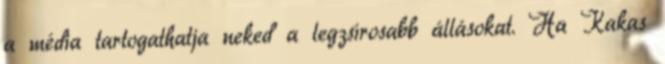
a média tartogathatja neked a legzsírosabb állásokat. Ha Kakas